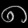
Digit: ၈